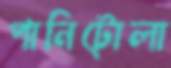
পানিটোলা